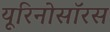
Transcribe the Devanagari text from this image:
यूरिनोसॉरस